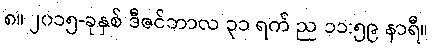
၈။ ၂၀၁၅-ခုနှစ် ဒီဇင်ဘာလ ၃၁ ရက် ည ၁၁:၅၉ နာရီ။